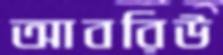
আবরিউ